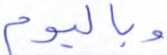
وباليوم